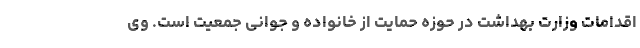
اقدامات وزارت بهداشت در حوزه حمایت از خانواده و جوانی جمعیت است. وی